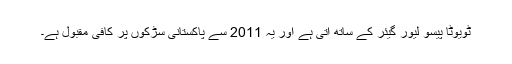
ٹویوٹا پیسو لیور گیئر کے ساتھ آتی ہے اور یہ 2011 سے پاکستانی سڑکوں پر کافی مقبول ہے۔